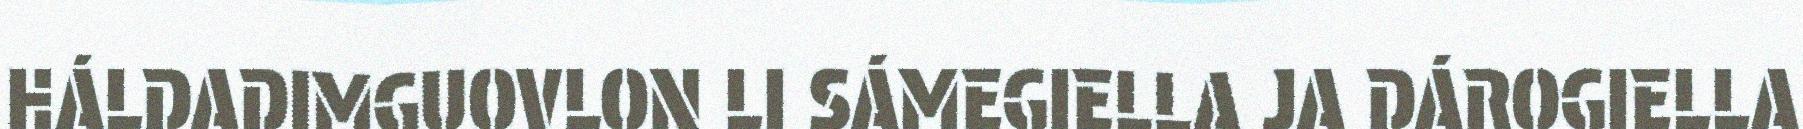
HÁLDADIMGUOVLON LI SÁMEGIELLA JA DÁROGIELLA